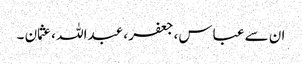
ان سے عباس، جعفر ، عبداللہ ، عثمان ۔